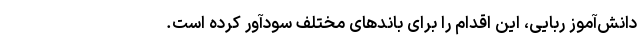
دانش‌آموز ربایی، این اقدام را برای باندهای مختلف سودآور کرده است.